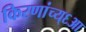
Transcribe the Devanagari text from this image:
किरणांच्य्६आ